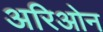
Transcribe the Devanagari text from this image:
अरिओन